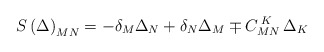
\begin{align*}S\left( \Delta \right) _{MN}=-\delta _M\Delta _N+\delta _N\Delta_M\mp C_{MN}^{\;K}\,\Delta _K\;\;\end{align*}